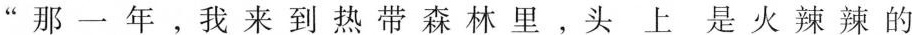
“哪一年，我来到热带森林里，头上是火辣辣的